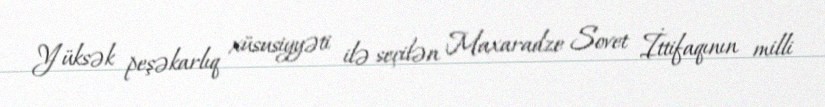
Yüksək peşəkarlıq xüsusiyyəti ilə seçilən Maxaradze Sovet İttifaqının milli